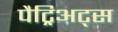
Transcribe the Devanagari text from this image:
पैट्रिअट्स